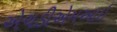
એચડીએમઆઇ